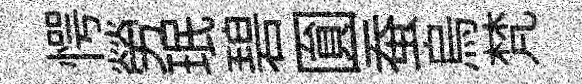
愕勞珉碧圎蚕烏梵